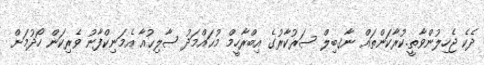
ދެކެ ޖެހިލުންވާތީ.ކުރާކަންތައް ނާޤބިލް ސަރުކާރުގެ އިބްރާހީމް މުޙައްމަދު ޞާލިޙުއާ އެމަނިކްފާނު ވެރިކަން ހޯދުމަށް